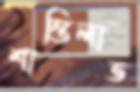
শান্তিলাভ